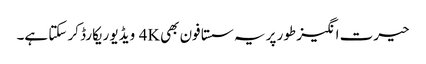
حیرت انگیز طور پر یہ سستا فون بھی 4K ویڈیو ریکارڈ کر سکتا ہے۔